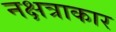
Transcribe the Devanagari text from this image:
नक्षत्राकार